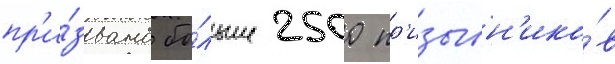
пр'и́звано бо́льше 2500 пр'изывн'ико́в